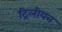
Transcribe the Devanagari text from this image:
ट्रिलीयन